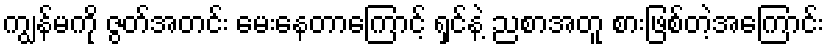
ကျွန်မကို ဇွတ်အတင်း မေးနေတာကြောင့် ရှင်နဲ့ ညစာအတူ စားဖြစ်တဲ့အကြောင်း